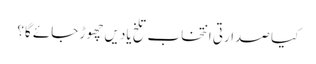
کیا صدارتی انتخاب تلخ یادیں چھوڑ جائے گا؟